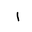
Letter: _alif